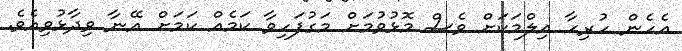
އެހެން ހުރިހާ އިލްމަކަށް ވެސް މޮޅުވުމަށް މަގުފަހިވާ ކަމެއް ކަމަށް އޭނާ ވިދާޅުވިއެވެ.